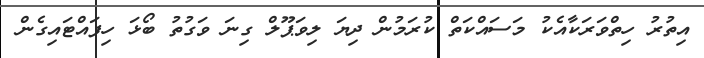
އިތުރު ހިތްވަރަކާއެކު މަސައްކަތް ކުރަމުން ދިޔަ ލިވަޕޫލް ގިނަ ވަގުތު ބޯޅަ ހިފައްޓައިގެން